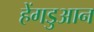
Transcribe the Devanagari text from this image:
हेंगडुआन